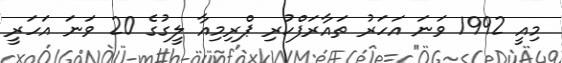
މިއީ 1992 ވަނަ އަހަރު ތައާރަފްކުރި ޕްރިމިއާ ލީގުގެ 20 ވަނަ އަހަރީ